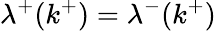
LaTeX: \lambda^{+}(k^{+})=\lambda^{-}(k^{+})